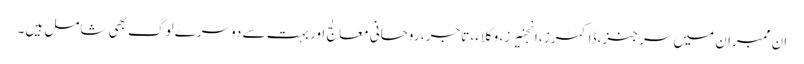
ان ممبران میں سرجنز، ڈاکٹرز ،انجنیرز، وکلاء، تاجر ، روحانی معالج اور بہت سے دوسرے لوگ بھی شامل ہیں۔